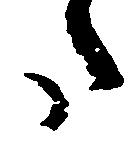
た